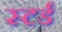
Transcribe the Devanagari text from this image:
स्टर्ड